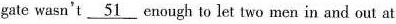
gate wasn't \underline{51} enough to let two men in and out at